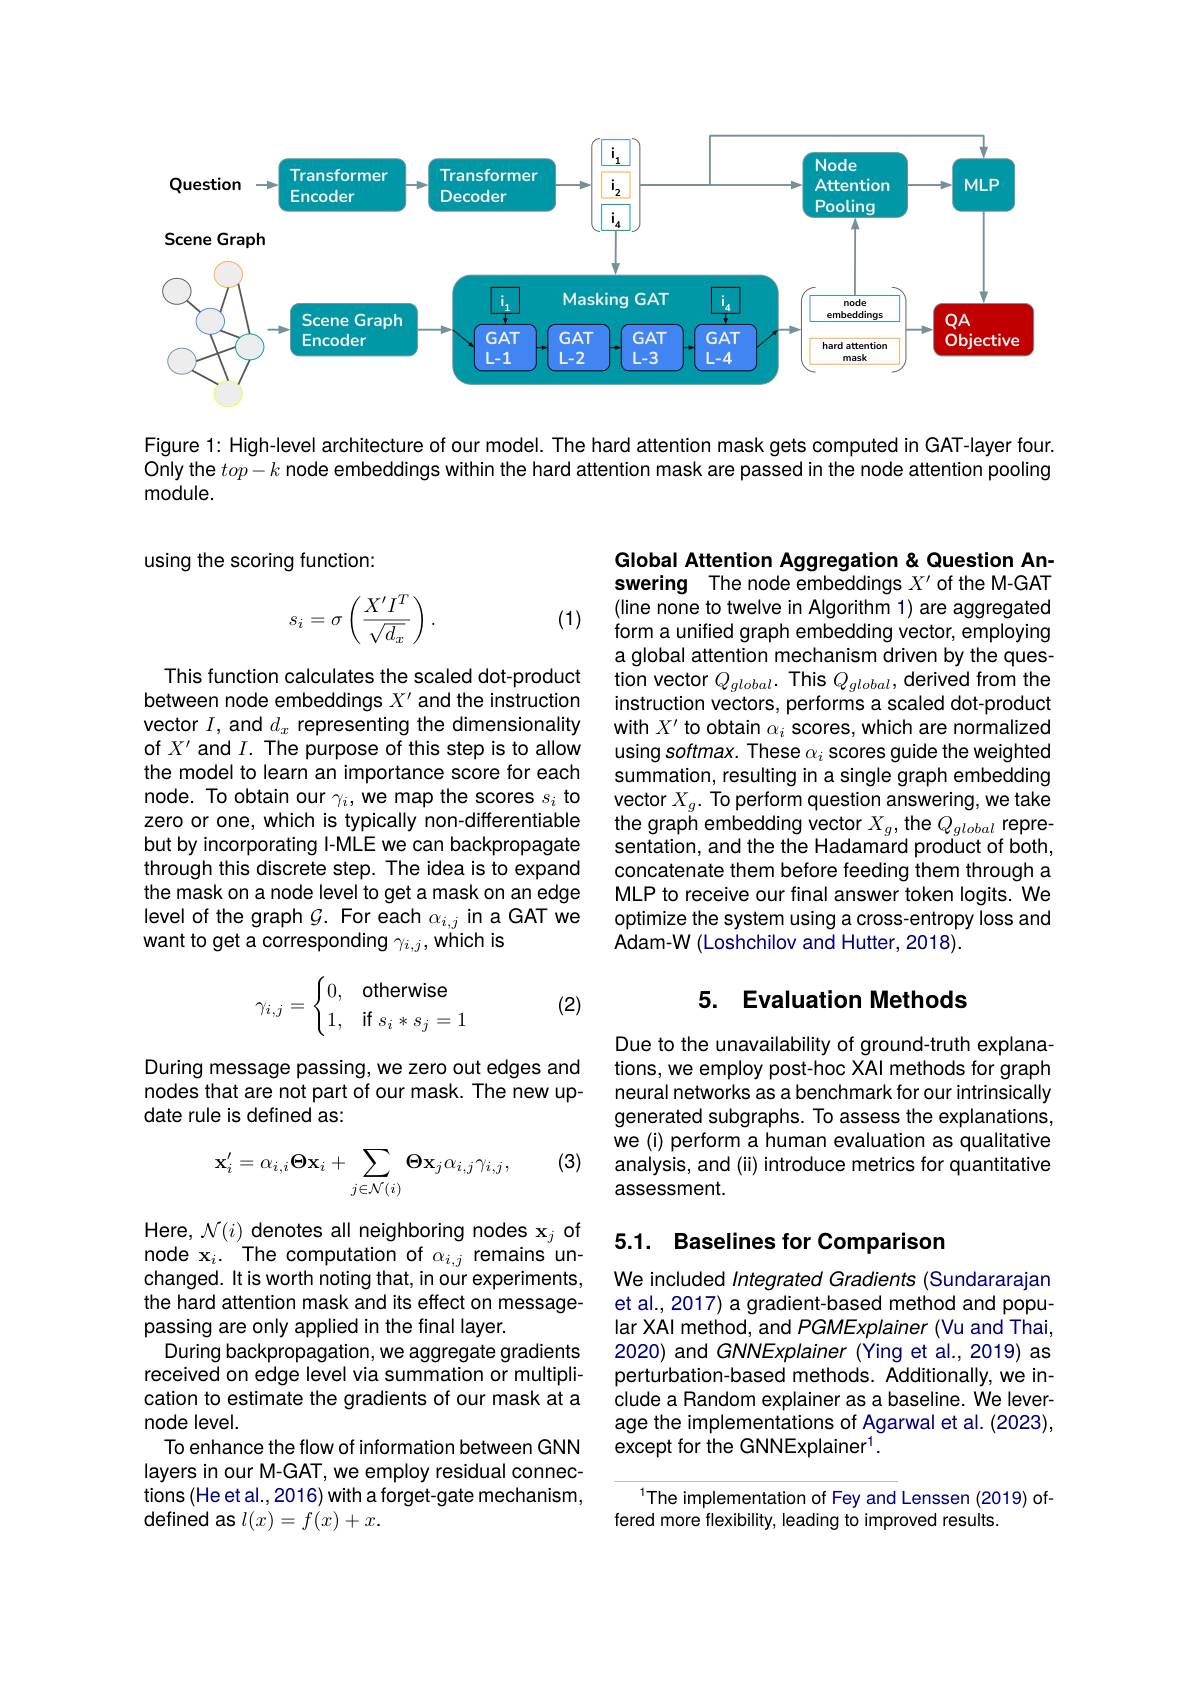
<FigureHere>

Figure 1: High-level architecture of our model. The hard attention mask gets computed in GAT-layer four. Only the $top-k$ node embeddings within the hard attention mask are passed in the node attention pooling module.

using the scoring function:
$$s_i=\sigma\left(\frac{X'I^T}{\sqrt{d_x}}\right).$$
(1)

Global Attention Aggregation & Question Answering The node embeddings $X^\prime$ of the M-GAT (line none to twelve in Algorithm 1) are aggregated form a unified graph embedding vector, employing a global attention mechanism driven by the question vector $Q_{global}.$ This $Q_{global}$,derived from the instruction vectors, performs a scaled dot-product with $X^\prime$ to obtain $\alpha_i$ scores, which are normalized using softmax. These $\alpha_i$ scores guide the weighted summation, resulting in a single graph embedding vector $X_g.$ To perform question answering, we take the graph embedding vector $X_{g}$,the $Q_{global}$ representation, and the the Hadamard product of both, concatenate them before feeding them through a MLP to receive our final answer token logits. We optimize the system using a cross-entropy loss and Adam-W (Loshchilov and Hutter, 2018).

This function calculates the scaled dot-product between node embeddings $X^\prime$ and the instruction vector $I$, and $d_x$ representing the dimensionality of $X^{\prime}$ and $I.$ The purpose of this step is to allow the model to learn an importance score for each node. To obtain our $\gamma_i$, we map the scores $s_i$ to zero or one, which is typically non-differentiable but by incorporating I-MLE we can backpropagate through this discrete step. The idea is to expand the mask on a node level to get a mask on an edge $\begin{array}{l}{\text{level of the graph }G.\text{ For each }\alpha_{i,j}\text{ in a GAT we}}\\{\text{want to get a corresponding }\gamma_{i,j},\text{which is}}\end{array}$

## 5. Evaluation Methods

(2)
$$\gamma_{i,j}=\begin{cases}0,&\text{otherwise}\\1,&\text{if}s_i*s_j=1\end{cases}$$
During message passing, we zero out edges and nodes that are not part of our mask. The new update rule is defined as:

Due to the unavailability of ground-truth explanations, we employ post-hoc XAI methods for graph neural networks as a benchmark for our intrinsically generated subgraphs. To assess the explanations, we (i) perform a human evaluation as qualitative analysis, and (ii) introduce metrics for quantitative assessment.

(3)
$$\mathbf{x}_{i}'=\alpha_{i,i}\mathbf{\Theta}\mathbf{x}_{i}+\sum_{j\in\mathcal{N}(i)}\mathbf{\Theta}\mathbf{x}_{j}\alpha_{i,j}\gamma_{i,j},$$
## 5.1. Baselines for Comparison

We included Integrated Gradients (Sundararajan et al., 2017) a gradient-based method and popular XAl method, and PGMExplainer (Vu and Thai, 2020) and GNNExplainer (Ying et al., 2019) as perturbation-based methods. Additionally, we include a Random explainer as a baseline. We leverage the implementations of Agarwal et al. (2023), except for the GNNExplainer$^1.$

Here, $\mathcal{N}(i)$ denotes all neighboring nodes x$_j$ of node x$_i.$The computation of $\alpha_{i,j}$ remains unchanged. It is worth noting that, in our experiments, the hard attention mask and its effect on messagepassing are only applied in the final layer.
During backpropagation, we aggregate gradients received on edge level via summation or multiplication to estimate the gradients of our mask at a node level.
To enhance the flow of information between GNN layers in our M-GAT, we employ residual connections (He et al., 2016) with a forget-gate mechanism, defined as $l(x)=f(x)+x.$

The implementation of Fey and Lenssen (2019) of-
fered more flexibility, leading to improved results.